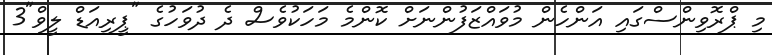
މި ޕްރޮވިންސްގައި އަންހެން މުވައްޒަފުންނަށް ކޮންމެ މަހަކުވެސް ދެ ދުވަހުގެ "ޕީރިއަޑް ލީވް"3